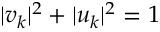
| v _ { k } | ^ { 2 } + | u _ { k } | ^ { 2 } = 1